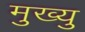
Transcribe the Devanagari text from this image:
मुख्यु